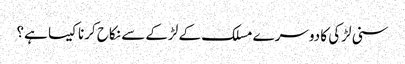
سنی لڑکی کا دوسرے مسلک کے لڑکے سے نکاح کرنا کیسا ہے؟